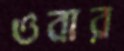
ওবার